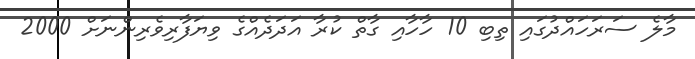
މާލެ ސަރަހައްދުގައި ތިބި 10 ހާހާއި ގާތް ކުރާ އަދަދެއްގެ ވިޔަފާރިވެރިންނަށް 2000